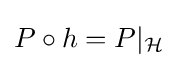
P\circ h=P|_{\mathcal {H}}